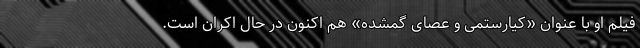
فیلم‌ او با عنوان «کیارستمی و عصای گمشده‌» هم اکنون در حال اکران است.